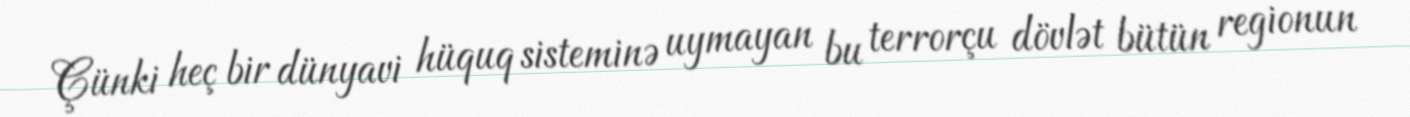
Çünki heç bir dünyavi hüquq sisteminə uymayan bu terrorçu dövlət bütün regionun